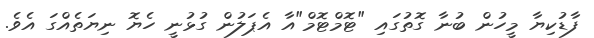
ފާޑުކިޔާ މީހުން ބުނާ ގޮތުގައި "ޓޮމްޓޮމް"އާ އެޕަލުން ގުޅުނީ ހެޔޮ ނިޔަތެއްގަ އެވެ.